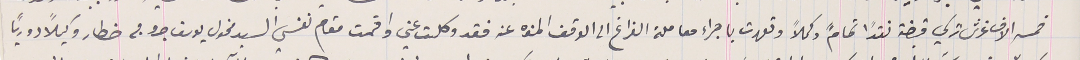
خمسة الاف غرش تركي قبضته نقدًا تمامً وكمالاً وتعهدت باجراء معاملة الفراغ الى الوقف المنوه عنه فقد وكلت عني واقمت مقام نفسي السيد مخول يوسف جروج خطار وكيلاً دورياً